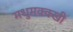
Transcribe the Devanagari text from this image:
मधुमक्क्खी